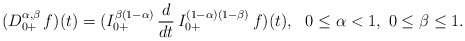
\begin{align*}(D^{\alpha,\beta}_{0+}\, f)(t) = (I_{0+}^{\beta(1-\alpha)}\, \frac{d}{dt}\, I_{0+}^{(1-\alpha)(1-\beta)}\, f)(t),\ \ 0 \le \alpha < 1, \ 0 \le \beta \le 1.\end{align*}